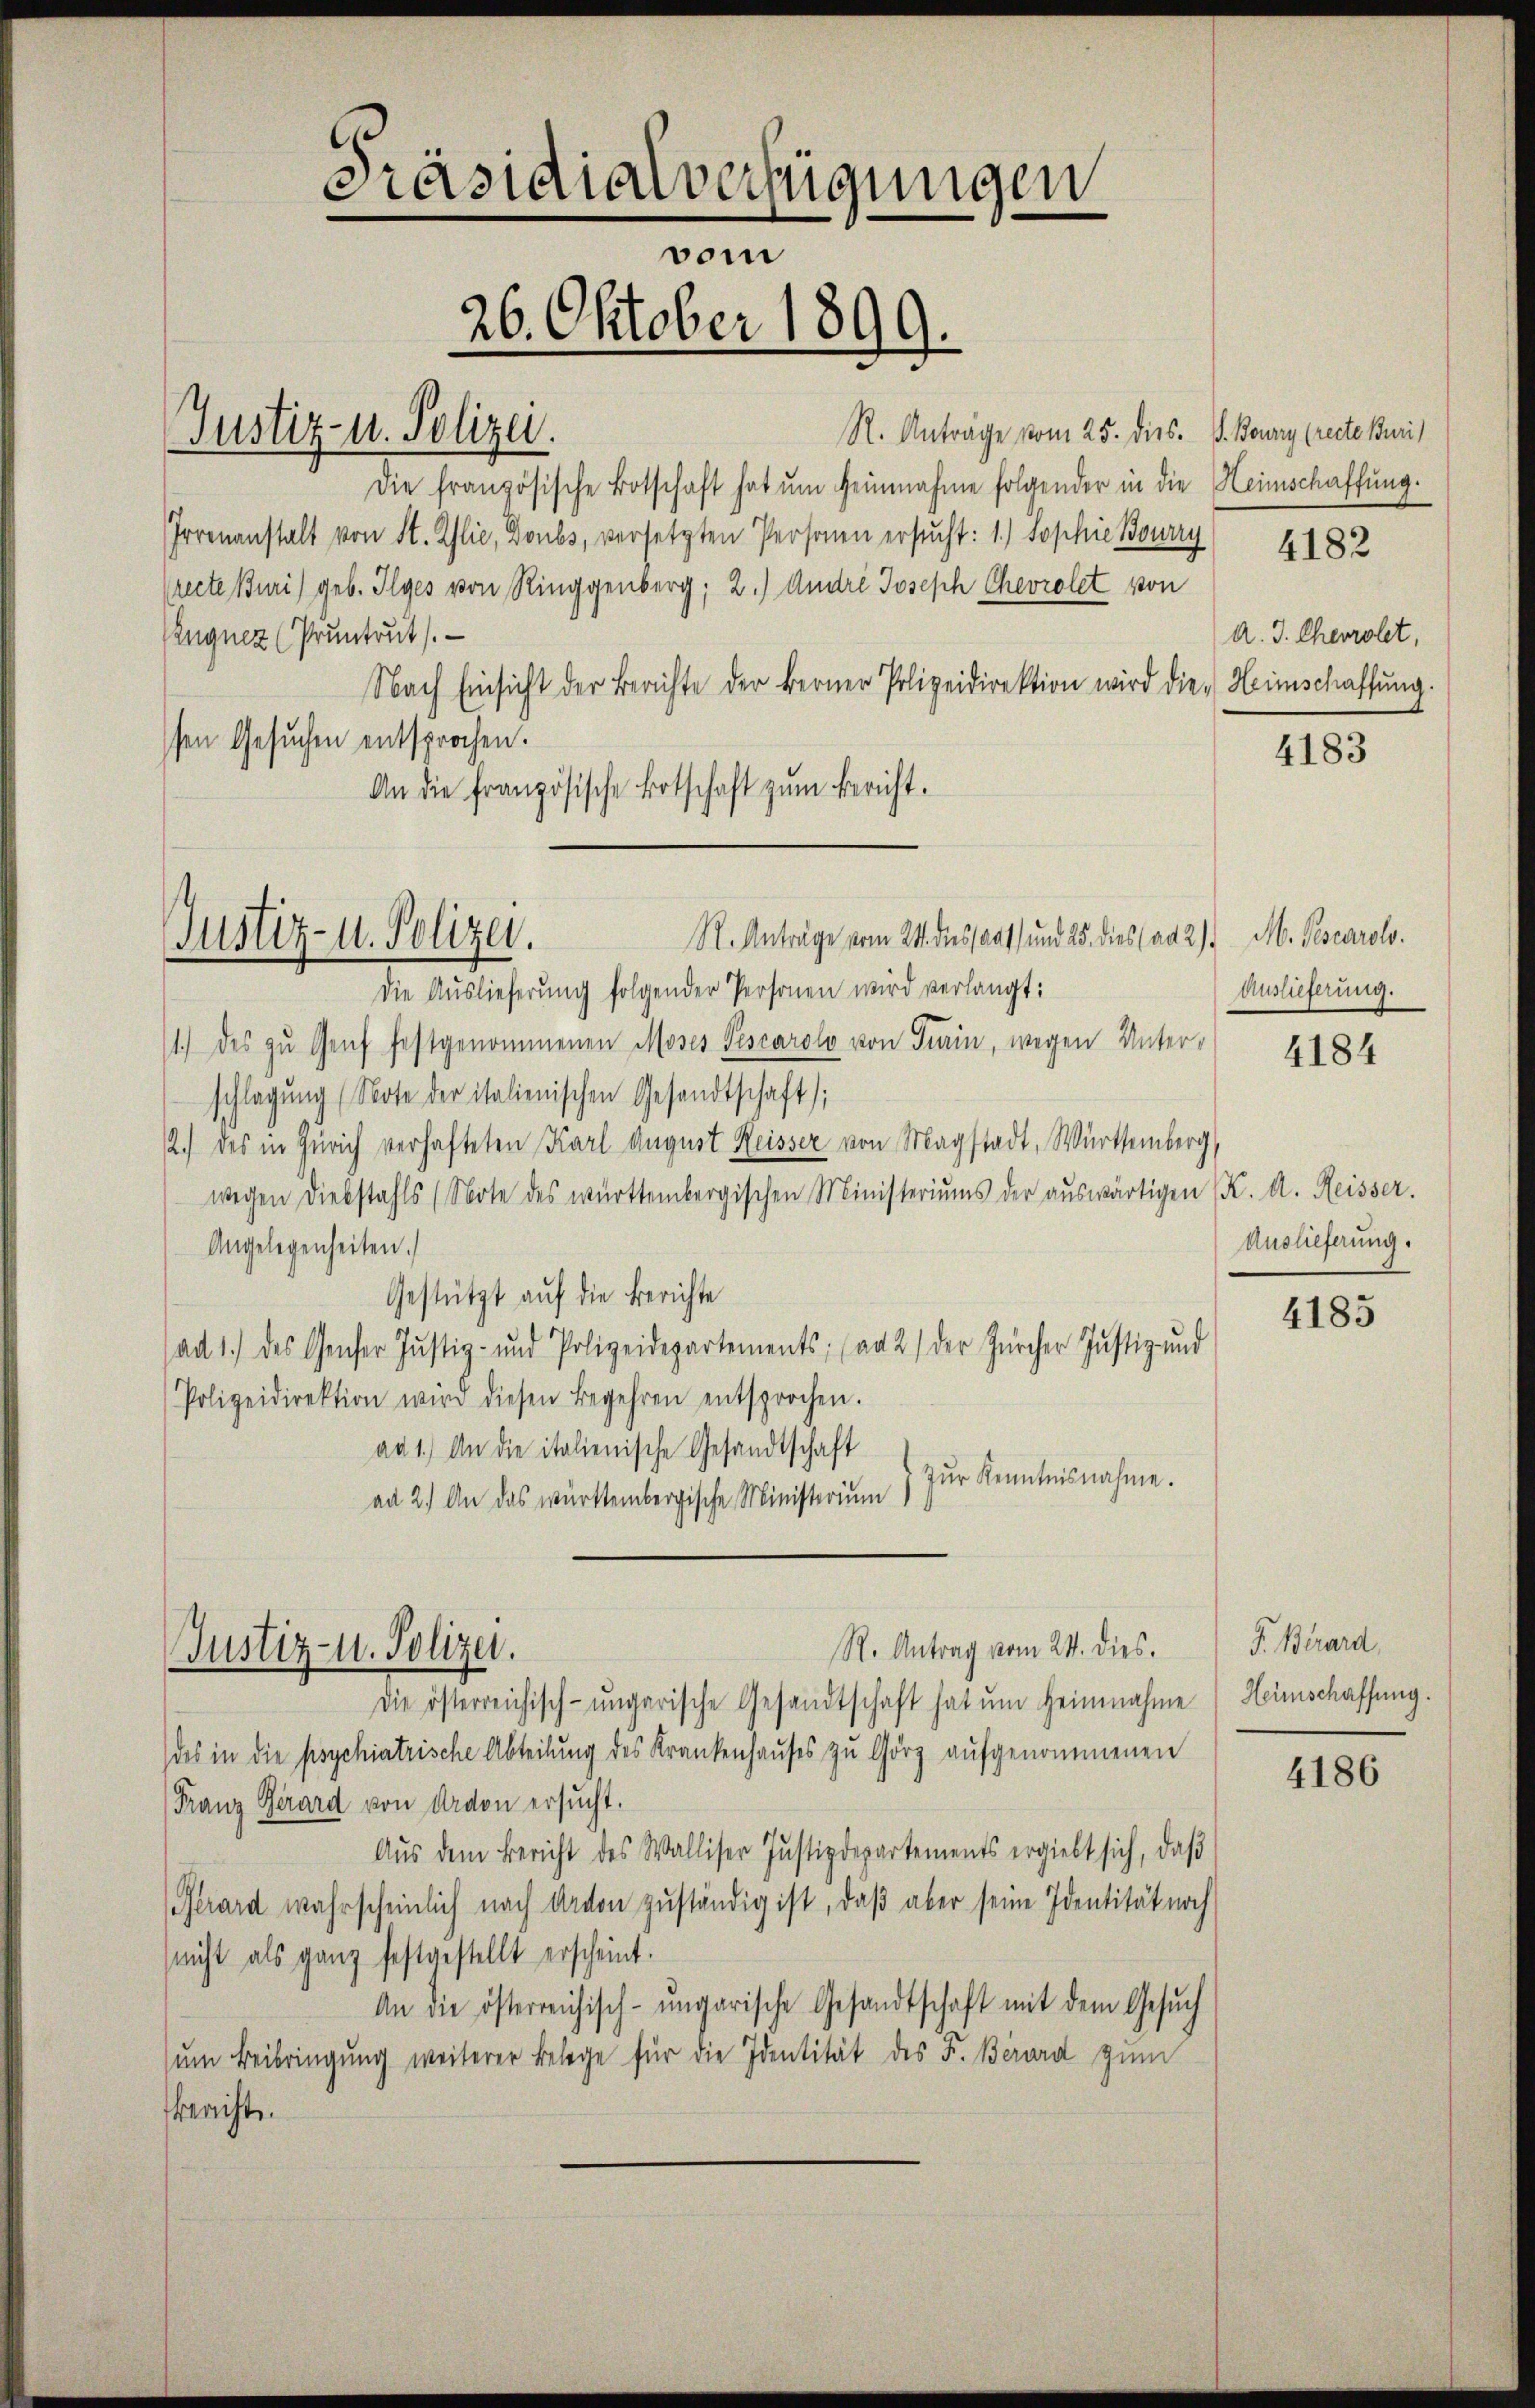
.
Präsidialverfügungen
vom
26. Oktober 1899.
R. Anträge vom 25. dies. P. Boury (recte Buri
Justiz- u. Polizei.
Die französische Botschaft hat um Heinnahme folgender in die Heimschaffung.

recte Buri) geb. Ilges von Ringgenberg; 2.) Andre Joseph Chevrolet von
Zugnez (Pruntrut).
Nach Einsicht der Berichte der Berner Polizeidirektion wird die Heimschaffung.
sen Gesuchen entsprochen.
An die französische Botschaft zŭm Bericht.

Justiz- u. Polizei.

Justiz- u. Polizei.

Irrenanstalt von St. Alie, Doubs, versetzten Personen ersucht: 1.) Sophie Bourzy

R. Antrag vom 24. dies.

4182

R. Anträge vom 24. dessaat und 25. dies (ad 2) M. Pescarolo.
Die Auslieferung folgender Personen wird verlangt:
1.) des zu Genf festgenommenen Moses Pescarolo von Train, wegen Unterschlagung (Note der italienischen Gesandtschaft;
2.) des in Zürich verhafteten Karl August Heisser von Magstadt, Württemberg,
wegen Diebstahls (Note des württembergischen Ministeriums der aŭswärtigen (K. A. Reisser.
Angelegenheiten.)
Gestützt auf die Berichte
ad 1.) des Gener Justiz- und Polizeidepartements; ad 2) der Zürcher Justiz- und
Polizeidirektion wird diesen Begehren entsprochen.
ad 1.) An die italienische Gesandtschaft
Zŭr Kenntnisnahme.
ad 2.) An das württembergische Ministerium

Die österreichisch-ungarische Gesandtschaft hat um heimnahme
des in die psychiatrische Abteilung des Krankenhauses zu Görz aufgenommenen
Franz Girard von darvon ersucht.
Aŭs dem Bericht des Walliser Justizdepartements ergiebt sich, daβ
Gerard wahrscheinlich nach davon zŭständig ist, daβ aber seine Identität noch
(nicht als ganz festgestellt erscheint.
An die österreichisch-ungarische Gesandtschaft mit dem Gesŭch
ŭm Beibringung weiterer Belege für die Identität des F. Berard zum
bericht.

A. J. Cherrolet,

4183

Auslieferung.

4184

Auslieferung.

4185

P. Birard,
Heimschaffung.

4186